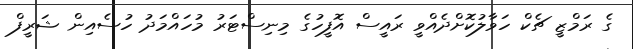
ގެ ރަމްޒީ ޗެކް ހަވާލުކޮށްދެއްވީ ރައީސް އޮފީހުގެ މިނިސްޓަރު މުހައްމަދު ހުސެއިން ޝަރީފް